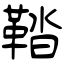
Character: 鞜